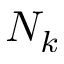
N _ { k }